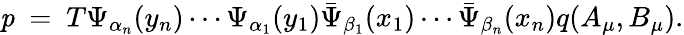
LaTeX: {\mathit p}\ =\ T\Psi_{\alpha_{n}}(y_{n})\cdots\Psi_{\alpha_{1}}(y_{1})\bar{\Psi}_{\beta_{1}}(x_{1})\cdots\bar{\Psi}_{\beta_{n}}(x_{n})q(A_{\mu},B_{\mu}).